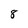
Character: 8